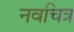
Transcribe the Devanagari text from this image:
नवचित्र